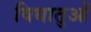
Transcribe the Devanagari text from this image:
विधातुओं